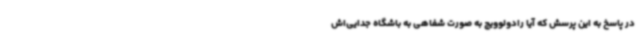
در پاسخ به این پرسش که آیا رادولوویچ به صورت شفاهی به باشگاه جدایی‌اش